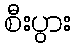
စီးပွား